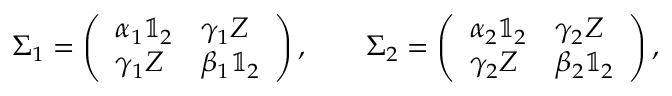
\Sigma _ { 1 } = \left( \begin{array} { l l } { \alpha _ { 1 } \mathbb { 1 } _ { 2 } } & { \gamma _ { 1 } Z } \\ { \gamma _ { 1 } Z } & { \beta _ { 1 } \mathbb { 1 } _ { 2 } } \end{array} \right) , \qquad \Sigma _ { 2 } = \left( \begin{array} { l l } { \alpha _ { 2 } \mathbb { 1 } _ { 2 } } & { \gamma _ { 2 } Z } \\ { \gamma _ { 2 } Z } & { \beta _ { 2 } \mathbb { 1 } _ { 2 } } \end{array} \right) ,